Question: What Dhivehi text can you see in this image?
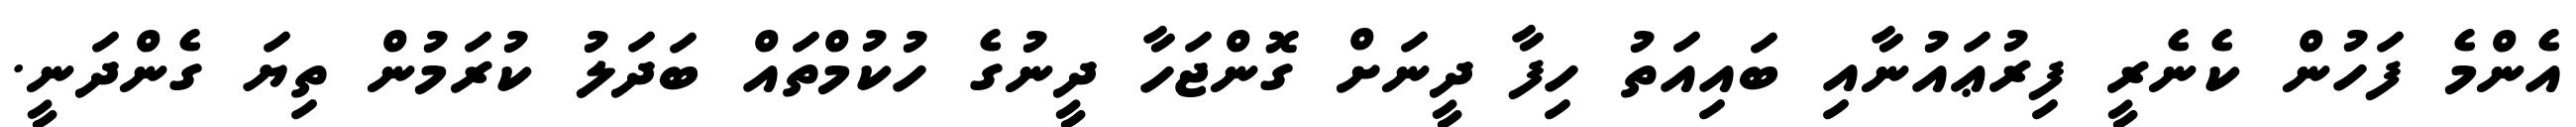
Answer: އެންމެ ފަހުން ކެނެރީ ފިރުޢައުނާއި ބައިއަތު ހިފާ ދީނަށް ގޮންޖަހާ ދީނުގެ ހުކުމްތައް ބަދަލު ކުރަމުން ތިޔަ ގެންދަނީ.